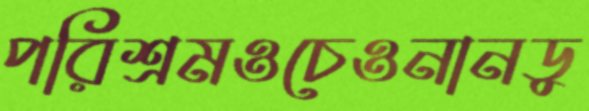
পরিশ্রমওচেওনানডু